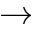
\rightarrow